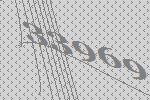
33969